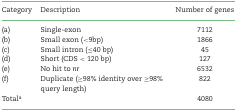
| Category | Description | Number of genes |
 | --- | --- | --- |
 | (a) | Single-exon | 7112 |
 | (b) | Small exon (<9bp) | 1866 |
 | (c) | Small intron (≤40 bp) | 45 |
 | (d) | Short (CDS < 120 bp) | 127 |
 | (e) | No hit to nr | 6532 |
 | (f) | Duplicate (≥98% identity over ≥98% query length) | 822 |
 | Totala |  | 4080 |